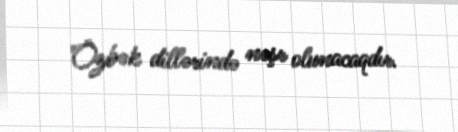
Özbək dillərində nəşr olunacaqdır.